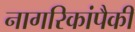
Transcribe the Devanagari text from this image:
नागरिकांपैकी